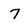
Character: 7